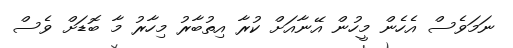
ނަމަވެސް އެހެން މީހުން އޭނާއަށް ކުރާ އިތުބާރު މިހާރު މާ ބޮޑަށް ވެސް